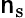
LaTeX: \mathsf{n}_{\mathrm{{s}}}